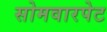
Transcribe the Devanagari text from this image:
सोमवारपेट